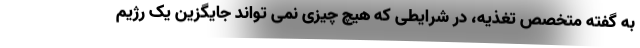
به گفته متخصص تغذیه، در شرایطی که هیچ چیزی نمی تواند جایگزین یک رژیم